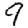
Digit: 9